Civil Veterinary Department Bihar reports 1940-50 - 1940-1950
Year: 1940
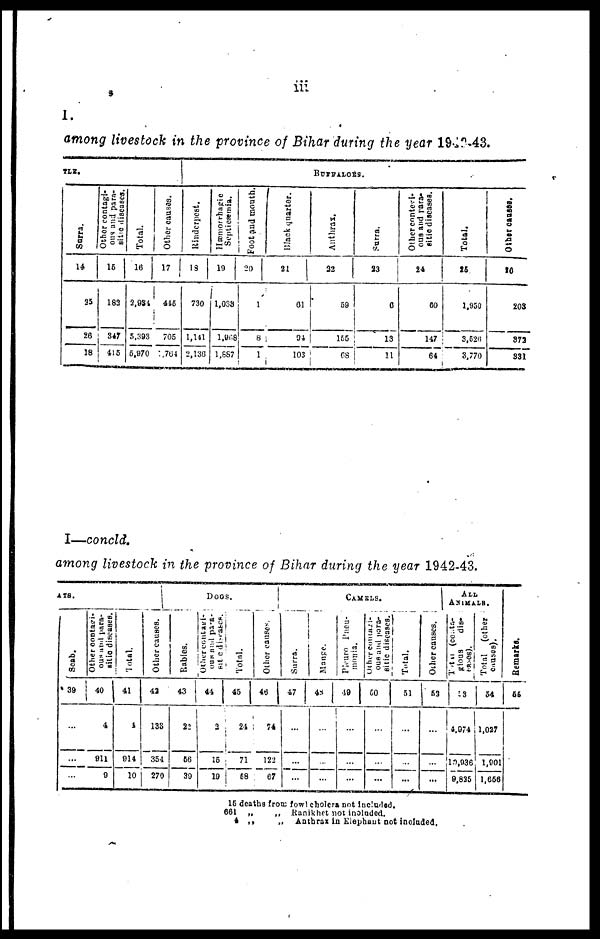
iii
I.
among livestock in the province of Bihar during the year 1942-43.
TLE.
Surra.
14
25
26
18
Other contagi-
ous and para-
sitic diseases.
15
182
347
415
Total.
16
2,984
5,393
5,970
Other causes.
17
445
705
1,764
BUFFALOES.
Rinderpest.
18
730
1,141
2,130
Hæmorrhagic
Septicæmia.
19
1,038
1,968
1,887
Foot and mouth.
20
1
8
1
Black quarter.
21
61
94
103
Anthrax.
22
59
155
68
Surra.
23
6
13
11
Other contegi-
ous and para-
sitic diseases.
24
60
147
64
Total.
25
1,950
3,526
3,770
Other causes.
26
203
373
331
I—concld.
among livestock in the province of Bihar during the year 1942-43.
ATS.
Scab.
39
...
...
...
Other contagi-
ous
stud para-
sitic diseases.
40
4
911
9
Total.
41
4
914
10
Other causes.
42
138
354
270
DOGS.
Rabies.
43
22
56
39
Other contagi-
ous and para-
sitic diseases.
44
...
15
19
Total.
45
24
71
58
Other causes.
46
74
122
07
CAMELS.
Surra.
47
...
...
...
Mange.
48
...
...
...
Pleuro Pneu-
monia.
49
...
...
...
Other
Contagi-
ous and para-
sitic diseases.
50
...
...
...
Total.
51
...
...
...
Other causes.
52
...
...
...
ALL
ANIMALS.
Total (conta-
gious
dis-
eases).
53
4.974
1.1,936
9,825
Total (other
causes).
54
1,027
1,901
1,656
Remarks.
55
15 deaths from fowl cholera not included.
661
„
4
„
„ Ranikhet
not included.
„
Anthrax in Elephant not included.